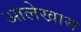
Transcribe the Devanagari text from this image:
आलेखास